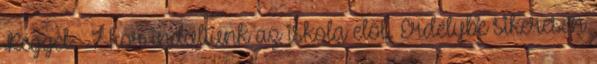
Reggel ½ 7-kor indultunk az iskola elől. Erdélybe sikeresen